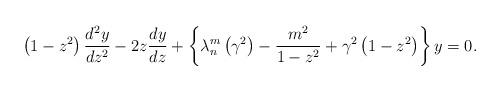
LaTeX: \begin{align*}\left( {1-z^{2}}\right) \frac{d^{2}y}{dz^{2}}-2z\frac{dy}{dz}+\left\{{\lambda_{n}^{m}\left( {\gamma^{2}}\right) -\frac{m^{2}}{1-z^{2}}+\gamma^{2}\left( {1-z^{2}}\right) }\right\} y=0. \end{align*}